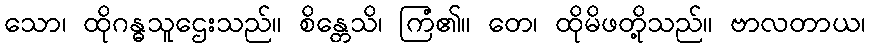
သော၊ ထိုဂန္ဓသူဌေးသည်။ စိန္တေသိ၊ ကြံ၏။ တေ၊ ထိုမိဖတို့သည်။ ဗာလတာယ၊